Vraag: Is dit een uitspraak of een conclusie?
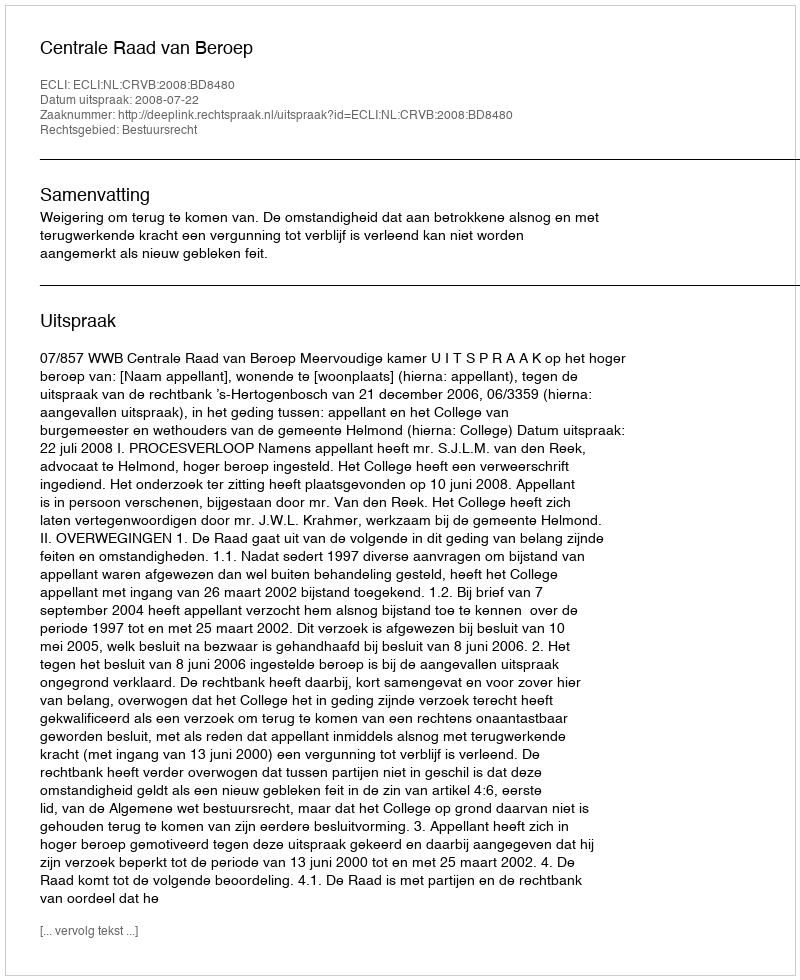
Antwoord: Uitspraak